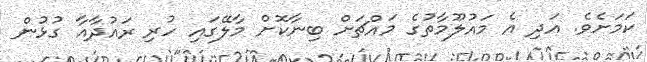
ކަމަށެވެ. އަދި އެ މައުލޫމާތުގެ މައްޗަށް ބިނާކޮށް މާލޭގައި ހުރި ރައުދާއާ ގުޅުން